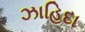
ઝાહિદા